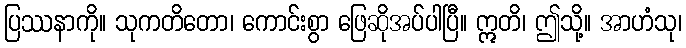
ပြဿနာကို။ သုကတိတော၊ ကောင်းစွာ ဖြေဆိုအပ်ပါပြီ။ ဣတိ၊ ဤသို့။ အာဟံသု၊